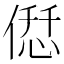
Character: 𠌤